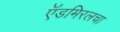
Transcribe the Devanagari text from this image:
ऍडमिरलचा